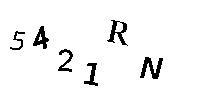
5421RN